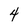
Character: 4